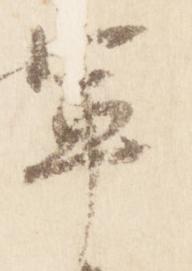
軍